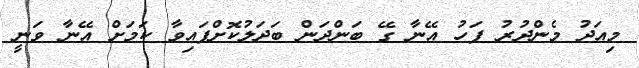
މިއަދު މެންދުރު ފަހު އޭނާ ގޭ ބަންދަން ބަދަލުކޮށްފައިވާ ކަމަށް އޭނާ ވަނީ